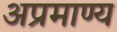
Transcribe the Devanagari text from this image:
अप्रमाण्य